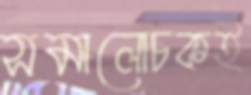
সমালোচকই